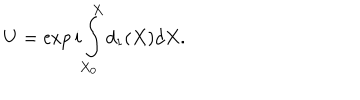
LaTeX: U = \exp { i \int _ { X _ { 0 } } ^ { X } d _ { 1 } ( X ) d X } .